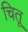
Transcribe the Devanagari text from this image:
चितू